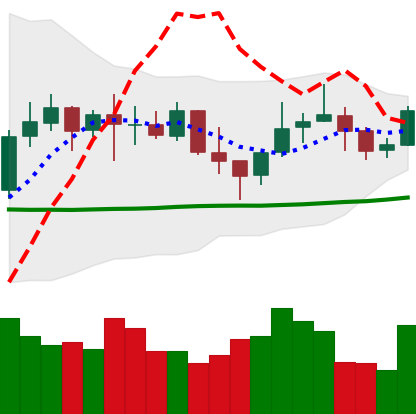
Ticker: LINK-USD
Chart end date: 2021-10-20
Forward return: 18.385%
Label: up_7plus